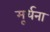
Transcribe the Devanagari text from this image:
मूर्धना